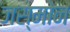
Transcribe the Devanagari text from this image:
जस्मोन